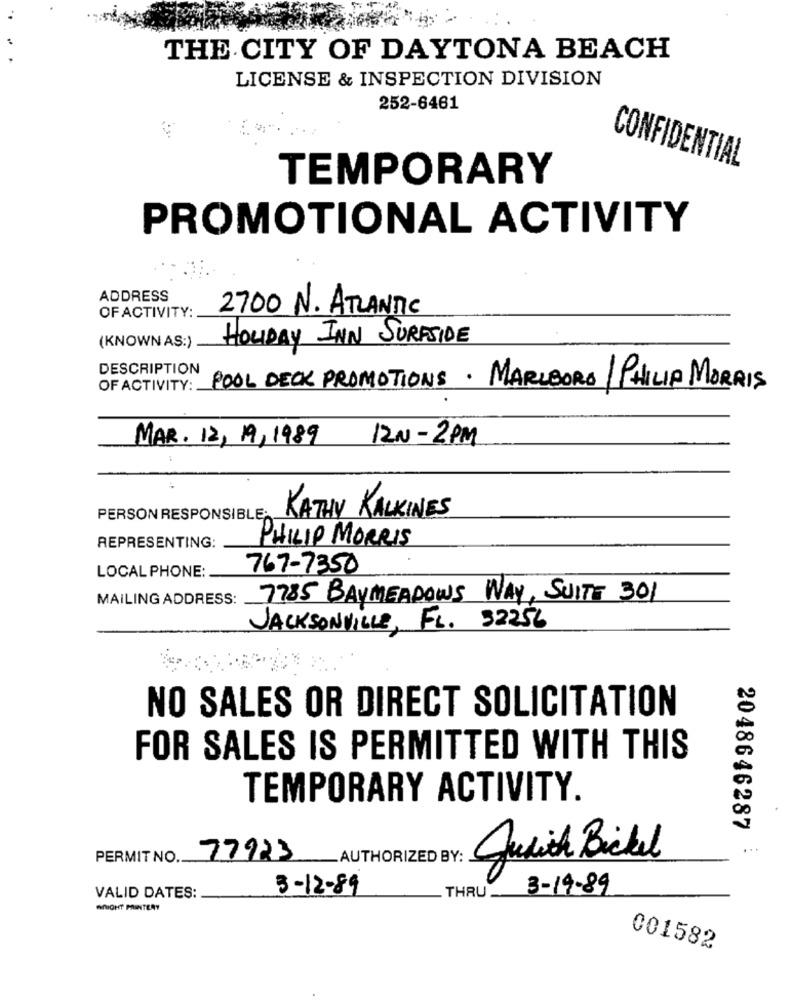
THE CITY OF DAYTONA BEACH
LICENSE & INSPECTION DIVISION
252-6461
CONFIDENTIAL
TEMPORARY
PROMOTIONAL ACTIVITY
ADDRESS
OF ACTIVITY:
2700 N. ATLANTIC
(KNOWN AS:)
HOLIDAY INN SURFSIDE
DESCRIPTION
OF ACTIVITY:
POOL DECK PROMOTIONS . MARLBORO / PHILIP MORRIS
MAR. 12, 19,1989
12N - 2PM
PERSON RESPONSIBLE
KATHY KALKINES
REPRESENTING:
PHILIP MORRIS
767-7350
LOCAL PHONE:
MAILING ADDRESS:
7785 BAYMEADOWS WAY, SUITE 301
JACKSONVILLE, FL. 32256
NO SALES OR DIRECT SOLICITATION
FOR SALES IS PERMITTED WITH THIS
TEMPORARY ACTIVITY.
2048646287
PERMIT NO.
77923
_AUTHORIZED BY:
Jusich Bickel
3-12-89
3-14-89
VALID DATES:
.THRU
WRIGHT PRINTERY
001582